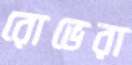
রোভেরা